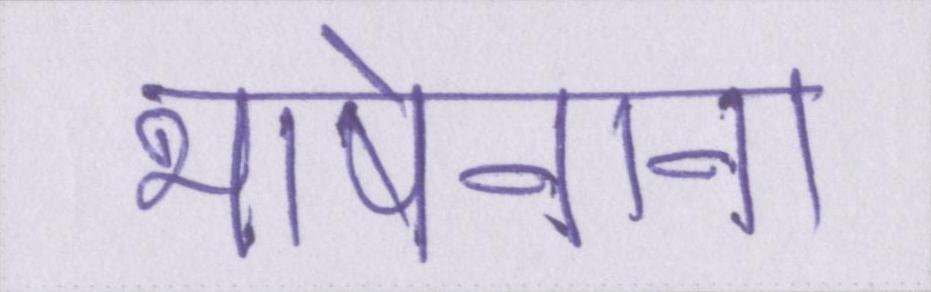
भाषेनाना